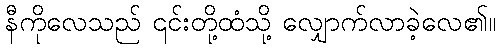
နီကိုလေသည် ၎င်းတို့ထံသို့ လျှောက်လာခဲ့လေ၏။